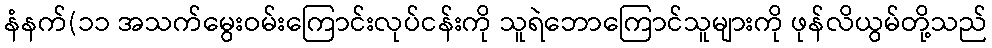
နံနက်(၁၁ အသက်မွေးဝမ်းကြောင်းလုပ်ငန်းကို သူရဲဘောကြောင်သူများကို ဖုန်လိယွမ်တို့သည်